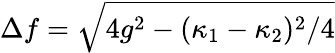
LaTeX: \Delta f=\sqrt{4g^{2}-({\kappa_{1}-\kappa_{2}})^{2}/4}